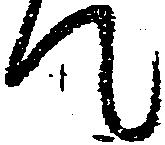
て